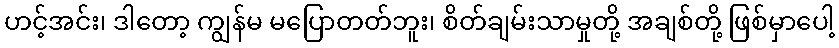
ဟင့်အင်း၊ ဒါတော့ ကျွန်မ မပြောတတ်ဘူး၊ စိတ်ချမ်းသာမှုတို့ အချစ်တို့ ဖြစ်မှာပေါ့